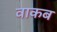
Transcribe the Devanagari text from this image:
वाकब